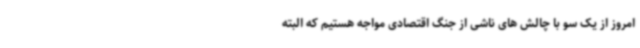
امروز از یک سو با چالش های ناشی از جنگ اقتصادی مواجه هستیم که البته